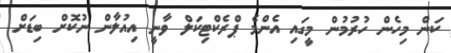
ކަން މިހެން ހުރުމުން މީގައި އެންމެ ޕްރެކްޓިކަލް ވާނީ އިއުލާން ނުކޮށް ބިޑަށް